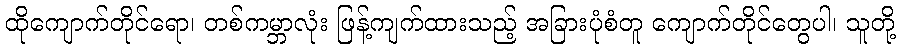
ထိုကျောက်တိုင်ရော၊ တစ်ကမ္ဘာလုံး ဖြန့်ကျက်ထားသည့် အခြားပုံစံတူ ကျောက်တိုင်တွေပါ၊ သူတို့